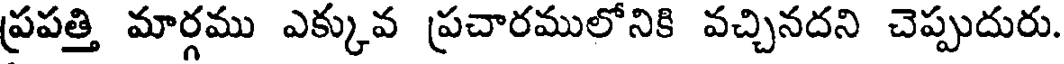
ప్రపత్తి మార్గము ఎక్కువ ప్రచారములోనికి వచ్చినదని చెప్పుదురు.